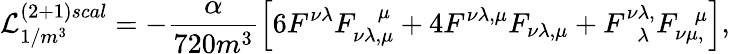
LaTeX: {\cal L}_{1/m^{3}}^{(2+1)scal}=-\frac{\alpha}{720m^{3}}\left[6F^{\nu\lambda}F_{\nu\lambda,\mu}^{~~~~\mu}+4F^{\nu\lambda,\mu}F_{\nu\lambda,\mu}+F_{~~~\lambda}^{\nu\lambda,}F_{\nu\mu,}^{~~~\mu}\right],